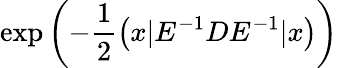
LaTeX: \exp\left({-\frac{1}{2}\left(x|E^{-1}DE^{-1}|x\right)}\right)\,